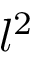
l ^ { 2 }